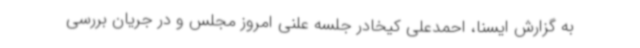
به گزارش ایسنا، احمدعلی کیخادر جلسه علنی امروز مجلس و در جریان بررسی